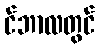
င်ဘာလတွင်